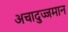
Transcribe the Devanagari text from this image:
अचादुज्जमान